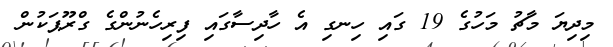
މިދިޔަ މާޗު މަހުގެ 19 ގައި ހިނގި އެ ހާދިސާގައި ފިރިހެނުންގެ ގްރޫޕަކުން